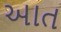
આત